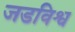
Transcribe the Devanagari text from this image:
जडविश्व